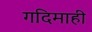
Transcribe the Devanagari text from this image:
गदिमाही